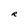
Character: R